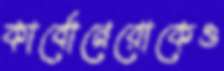
কার্বোনেরোকেও